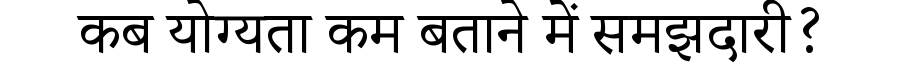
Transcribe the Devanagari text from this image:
कब योग्यता कम बताने में समझदारी?